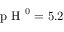
\textrm { p H } ^ { 0 } = 5 . 2